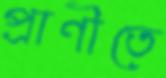
প্রাণীতে